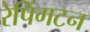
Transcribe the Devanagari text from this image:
रेपिंगटन